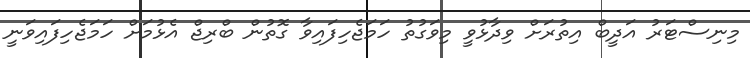
މިނިސްޓަރު އަދީބް އިތުރަށް ވިދާޅުވީ މިވަގުތު ހަމަޖެހިފައިވާ ގޮތުން ބްރިޖް އެޅުމަށް ހަމަޖެހިފައިވަނީ